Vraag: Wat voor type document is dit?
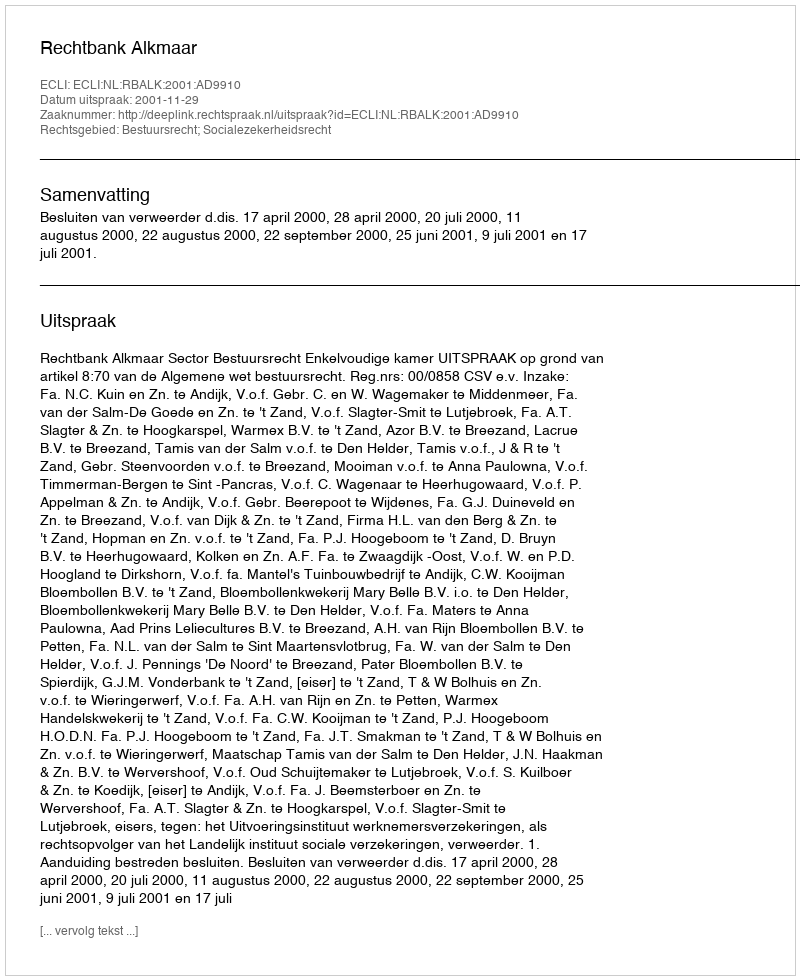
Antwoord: Uitspraak